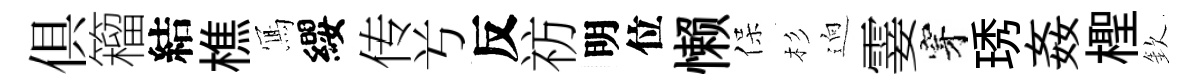
俱籕結樵𭂁纓传𠔃反祊明位懒保杉逈霎穿琇姦檉欽